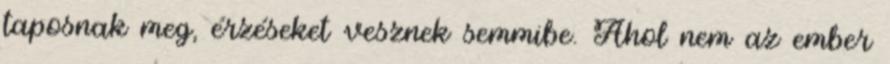
taposnak meg, érzéseket vesznek semmibe. Ahol nem az ember